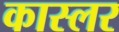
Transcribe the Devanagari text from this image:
कास्लर